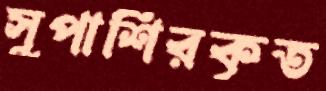
সুপাশিরকৃত